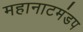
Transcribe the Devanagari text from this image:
महानाटमंडप